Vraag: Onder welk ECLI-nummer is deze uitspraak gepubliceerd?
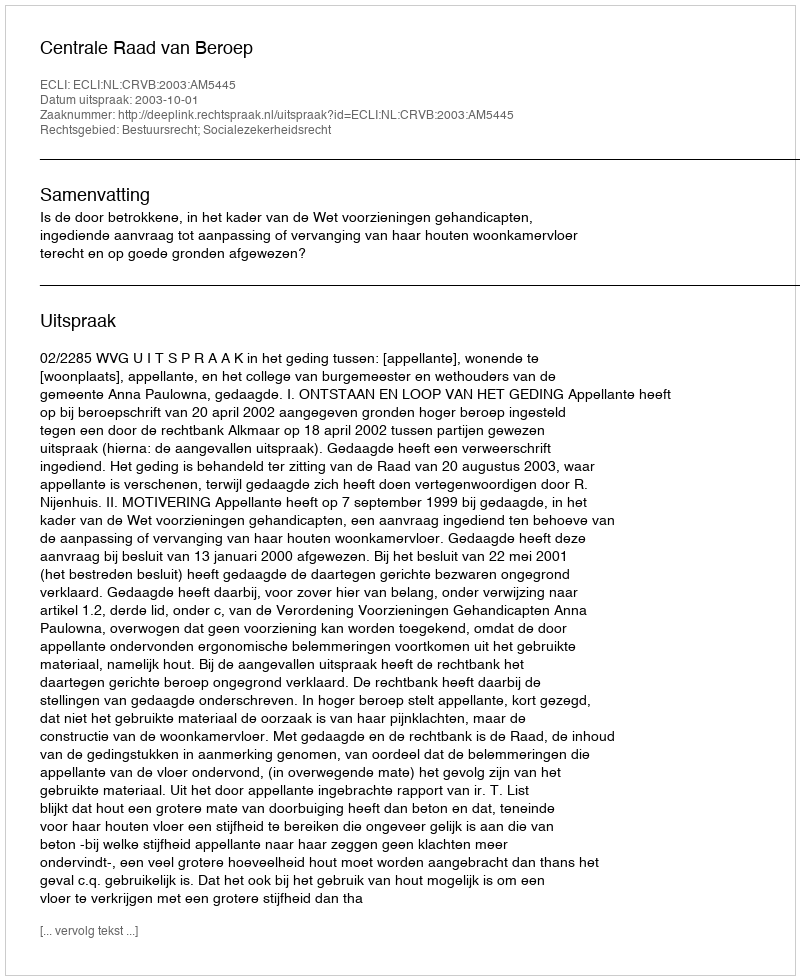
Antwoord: ECLI:NL:CRVB:2003:AM5445